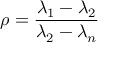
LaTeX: \rho = { \frac { \lambda _ { 1 } - \lambda _ { 2 } } { \lambda _ { 2 } - \lambda _ { n } } }